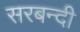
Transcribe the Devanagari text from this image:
सरबन्दी